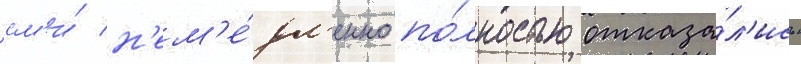
см'и́ н'ем'е́дл'енно по́лностью отказа́л'ись